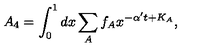
A _ { 4 } = \int _ { 0 } ^ { 1 } d x \sum _ { A } f _ { A } x ^ { - \alpha ^ { \prime } t + K _ { A } } ,